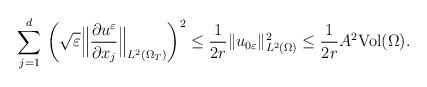
LaTeX: \begin{align*} \displaystyle\sum_{j=1}^{d} \,\left(\sqrt{\varepsilon}\Big\| \frac{\partial u^{\varepsilon}}{\partial x_{j}}\Big\|_{L^{2}(\Omega_{T})}\right)^{2} \leq\frac{1}{2r}\|u_{0\varepsilon}\|^{2}_{L^{2}(\Omega)}\leq \frac{1}{2r}A^{2}\mbox{Vol}(\Omega).\end{align*}